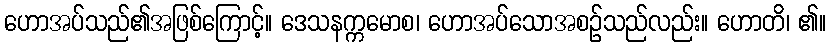
ဟောအပ်သည်၏အဖြစ်ကြောင့်။ ဒေသနက္ကမောစ၊ ဟောအပ်သောအစဉ်သည်လည်း။ ဟောတိ၊ ၏။